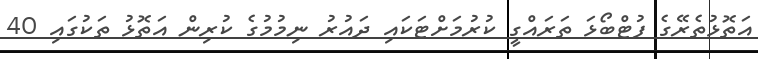
އަތޮޅުތެރޭގެ ފުޓްބޯޅަ ތަރައްގީ ކުރުމަށްޓަކައި ދައުރު ނިމުމުގެ ކުރިން އަތޮޅު ތަކުގައި 40